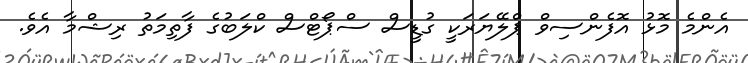
އެންމެ މޮޅު އޮފެންސިވް ޕްލޭޔަރަކީ ގުޑީސް ސްޕޯޓްސް ކްލަބުގެ ފާތިމަތު ރިޝްމާ އެވެ.